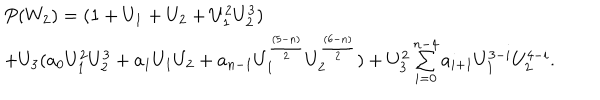
LaTeX: \begin{array} { l c r } { { P ( W _ { 2 } ) = ( 1 + U _ { 1 } + U _ { 2 } + U _ { 1 } ^ { 2 } U _ { 2 } ^ { 3 } ) } } \\ { { + U _ { 3 } ( a _ { 0 } U _ { 1 } ^ { 2 } U _ { 2 } ^ { 3 } + a _ { 1 } U _ { 1 } U _ { 2 } + a _ { n - 1 } U _ { 1 } ^ { { \frac { ( 5 - n ) } { 2 } } } U _ { 2 } ^ { { \frac { ( 6 - n ) } { 2 } } } ) + U _ { 3 } ^ { 2 } \sum _ { i = 0 } ^ { n - 4 } a _ { i + 1 } U _ { 1 } ^ { 3 - i } U _ { 2 } ^ { 4 - i } . } } \\ \end{array}